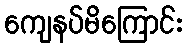
ကျေနပ်မိကြောင်း